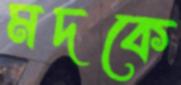
মদকে